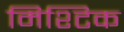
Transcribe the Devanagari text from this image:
मिश्टिक